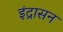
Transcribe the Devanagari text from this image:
इंद्रासन